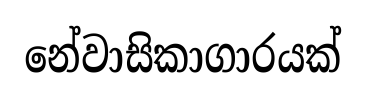
නේවාසිකාගාරයක්